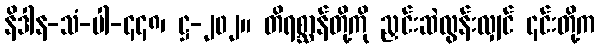
နိဒါန-သံ-ပါ-၄၄၈၊ ဋ္ဌ-၂၀၂။ တိရစ္ဆာန်တို့ကို ညှင်းဆဲလွန်းလျှင် ၎င်းတို့က